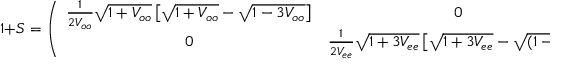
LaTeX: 1 + S = \left( \begin{array} { c c } { { \frac { 1 } { 2 V _ { o o } } \sqrt { 1 + V _ { o o } } \left[ \sqrt { 1 + V _ { o o } } - \sqrt { 1 - 3 V _ { o o } } \right] } } & { { 0 } } \\ { { 0 } } & { { \frac { 1 } { 2 V _ { e e } } \sqrt { 1 + 3 V _ { e e } } \left[ \sqrt { 1 + 3 V _ { e e } } - \sqrt { ( 1 - V _ { e e } ) } \right] } } \end{array} \right) \, ,